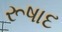
રૂષાદ